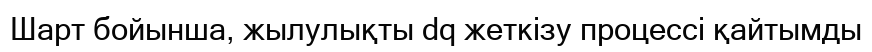
Шарт бойынша, жылулықты dq жеткізу процессі қайтымды